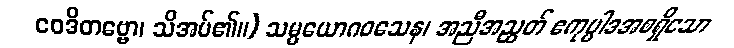
ဝေဒိတဗ္ဗော၊ သိအပ်၏။) သမ္ပယောဂဝသေန၊ အညီအညွတ် ဧကုပ္ပါဒအစရှိသော